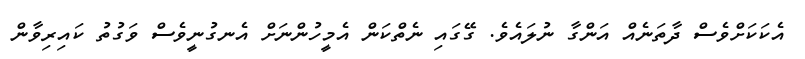
އެކަކަށްވެސް ދާތަނެއް އަންގާ ނުލައެވެ. ގޭގައި ނެތްކަން އެމީހުންނަށް އެނގުނީވެސް ވަގުތު ކައިރިވާން